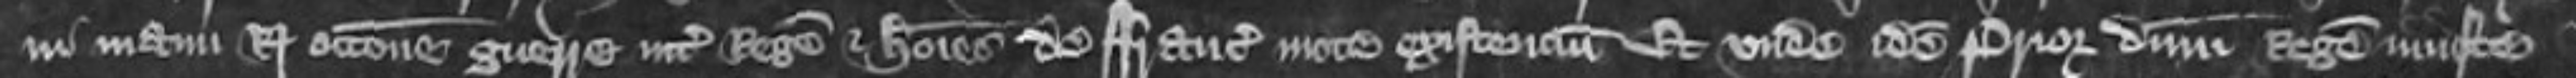
in manu Regis occasione guerre inter Regem et homines de Francia mote existencium et unde idem Prior dominum Regem iniuste